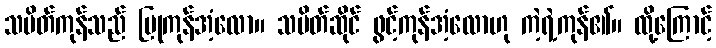
သပိတ်ကုန်သည် ပြုကုန်အံ့လော။ သပိတ်ဆိုင် ဖွင့်ကုန်အံ့လောဟု ကဲ့ရဲ့ကုန်၏။ ထို့ကြောင့်